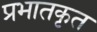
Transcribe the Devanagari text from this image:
प्रभातकृत